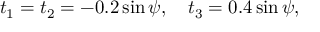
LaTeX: t _ { 1 } = t _ { 2 } = - 0 . 2 \sin \psi , \quad t _ { 3 } = 0 . 4 \sin \psi ,